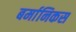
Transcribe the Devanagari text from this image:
बर्मानिकस